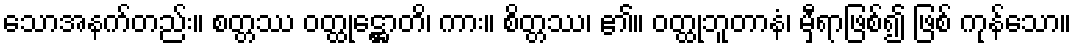
သောအနက်တည်း။ စတ္တဿ ဝတ္ထုဋ္ဌောတိ၊ ကား။ စိတ္တဿ၊ ၏။ ဝတ္ထုဘူတာနံ၊ မှီရာဖြစ်၍ ဖြစ် ကုန်သော။